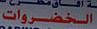
الخضروات